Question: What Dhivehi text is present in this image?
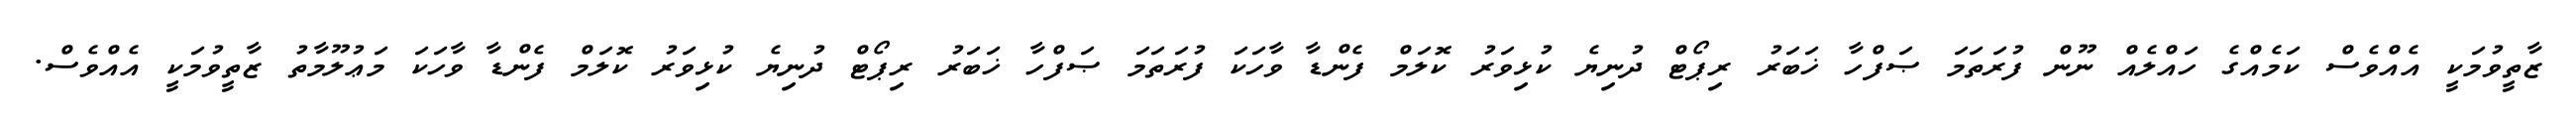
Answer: ޒާތީވުމަކީ އެއްވެސް ކަމެއްގެ ހައްލެއް ނޫން ފުރަތަމަ ޞަފްހާ ޚަބަރު ރިޕޯޓް ދުނިޔެ ކުޅިވަރު ކޮލަމް ފެންޑާ ވާހަކަ ފުރަތަމަ ޞަފްހާ ޚަބަރު ރިޕޯޓް ދުނިޔެ ކުޅިވަރު ކޮލަމް ފެންޑާ ވާހަކަ މަޢުލޫމާތު ޒާތީވުމަކީ އެއްވެސް.